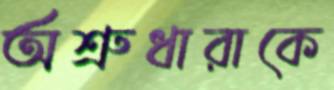
অশ্রুধারাকে